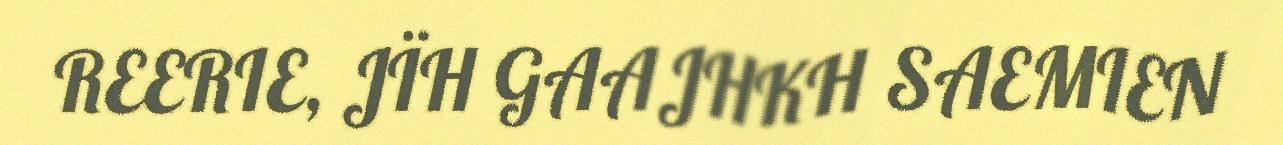
REERIE, JÏH GAAJHKH SAEMIEN